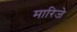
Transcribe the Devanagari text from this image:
मारिजे